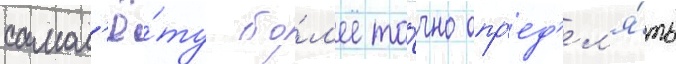
самол'ё́ту бо́л'ее то́чно опр'ед'ел'я́ть